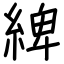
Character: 綼